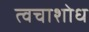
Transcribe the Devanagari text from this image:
त्वचाशोध